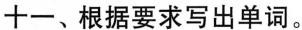
十一、根据要求写出单词。